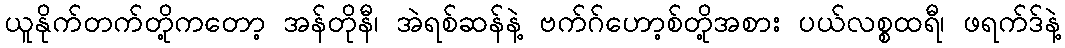
ယူနိုက်တက်တို့ကတော့ အန်တိုနီ၊ အဲရစ်ဆန်နဲ့ ဗက်ဂ်ဟော့စ်တို့အစား ပယ်လစ္စထရီ၊ ဖရက်ဒ်နဲ့